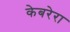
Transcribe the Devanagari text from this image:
केबरेरा